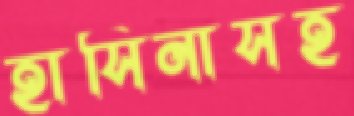
হাসিনাসহ